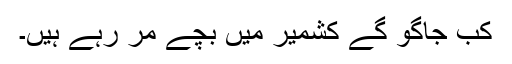
کب جاگو گے کشمیر میں بچے مر رہے ہیں۔